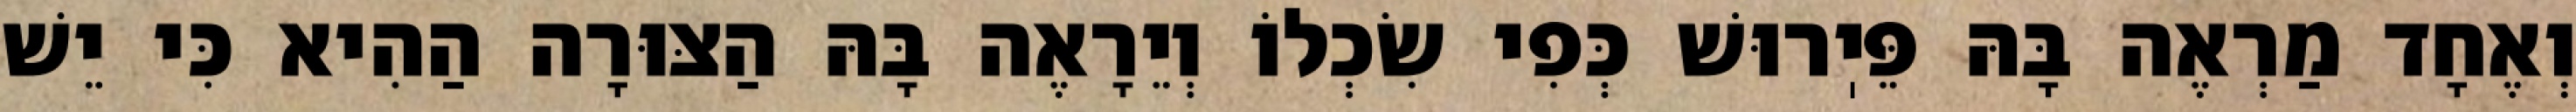
וְאֶחָד מַרְאֶה בָּהּ פֵּיֽרוּשׁ כְּפִי שִׂכְלוֹ וְיֵרָאֶה בָּהּ הַצּוּרָה הַהִיא כִּי יֵשׁ